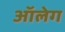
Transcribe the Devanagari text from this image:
आॅलेग